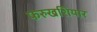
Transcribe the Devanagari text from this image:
फरुखशियार